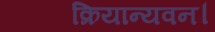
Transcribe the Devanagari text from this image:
क्रियान्यवन।